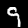
Digit: 9